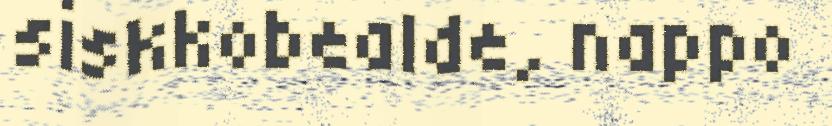
siskkobealde, nappo